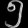
Digit: ၅